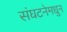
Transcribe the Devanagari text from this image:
संघटनेमधुन